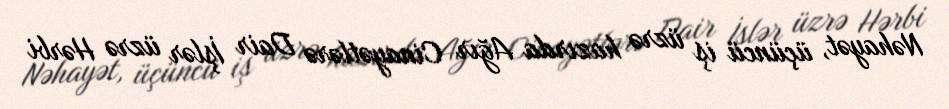
Nəhayət, üçüncü iş üzrə hazırda Ağır Cinayətlərə Dair İşlər üzrə Hərbi